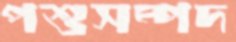
পশুসম্পদ